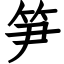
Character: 笋